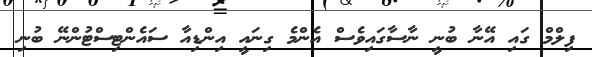
ފިލްމް ގައި އޭނާ ބުނީ ނާސާގައިވެސް އެންމެ ގިނައީ އިންޑިއާ ސައެންޓިސްޓުންނޭ ބުނި